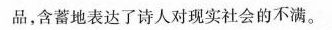
品，含蓄地表达了诗人对现实社会的不满。